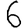
Digit: 6